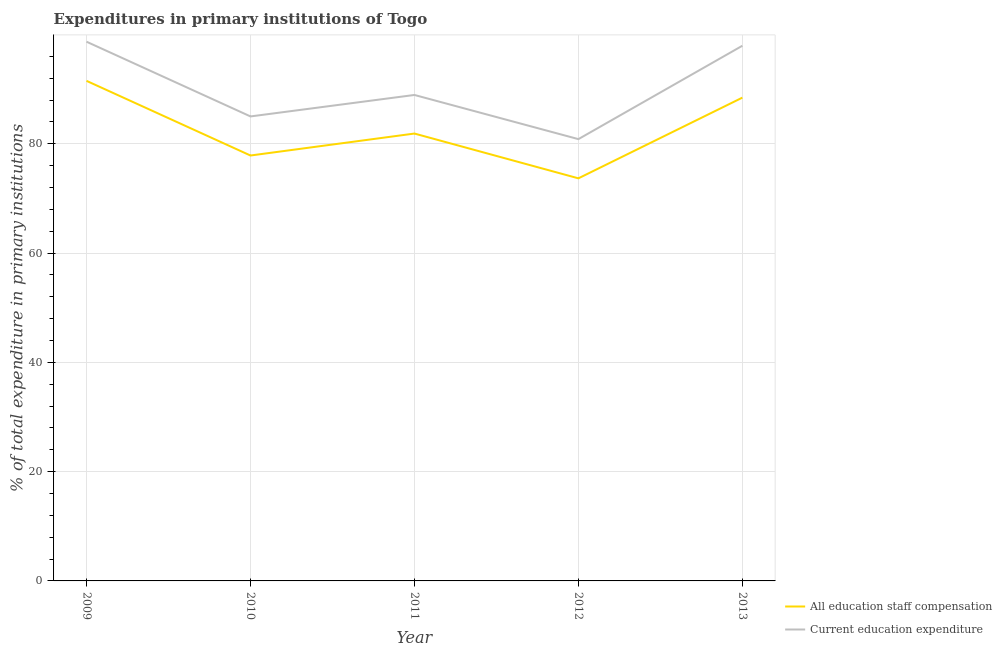
| Year | All education staff compensation | Current education expenditure |
 | --- | --- | --- |
 | 2009 | 91.5 | 98.7 |
 | 2010 | 77.8 | 85 |
 | 2011 | 81.9 | 88.9 |
 | 2012 | 73.7 | 80.8 |
 | 2013 | 88.4 | 97.9 |